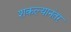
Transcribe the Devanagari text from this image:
शकल्यानंतर